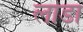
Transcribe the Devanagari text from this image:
लांडा